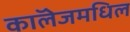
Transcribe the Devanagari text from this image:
काॅलेजमधिल